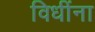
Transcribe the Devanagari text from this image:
विधींना